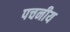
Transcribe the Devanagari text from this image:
पचनीय